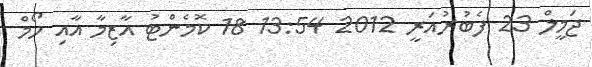
ޖަމީލް 23 ފެބުރުއަރީ 2012 13:54 18 ކޮމެންޓު އާޒިމާ އާއި ހޯމް